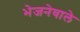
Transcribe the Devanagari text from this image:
भेजनेवाले